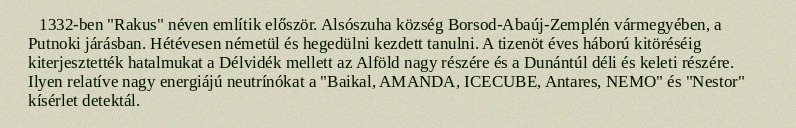
1332-ben "Rakus" néven említik először. Alsószuha község Borsod-Abaúj-Zemplén vármegyében, a Putnoki járásban. Hétévesen németül és hegedülni kezdett tanulni. A tizenöt éves háború kitöréséig kiterjesztették hatalmukat a Délvidék mellett az Alföld nagy részére és a Dunántúl déli és keleti részére. Ilyen relatíve nagy energiájú neutrínókat a "Baikal, AMANDA, ICECUBE, Antares, NEMO" és "Nestor" kísérlet detektál.